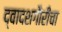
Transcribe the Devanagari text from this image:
द्वादशगौरींचा